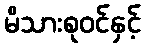
မိသားစုဝင်နှင့်